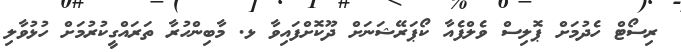
ރިސޯޓް ހެދުމަށް ޕޮލިސް ވެލްފެއާ ކޯޕަރޭޝަނަށް ދޫކޮށްފައިވާ ޅ. މާބިންހުރާ ތަރައްގީކުރުމަށް ހުޅުވާލި